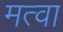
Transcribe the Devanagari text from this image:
मत्वा